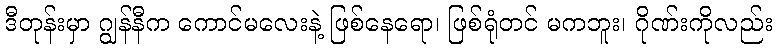
ဒီတုန်းမှာ ဂျွန်နီက ကောင်မလေးနဲ့ ဖြစ်နေရော၊ ဖြစ်ရုံတင် မကဘူး၊ ဂိုဏ်းကိုလည်း